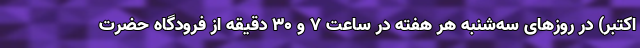
اکتبر) در روزهای سه‌شنبه هر هفته در ساعت ۷ و ۳۰ دقیقه از فرودگاه حضرت